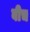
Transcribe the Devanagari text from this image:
बीच